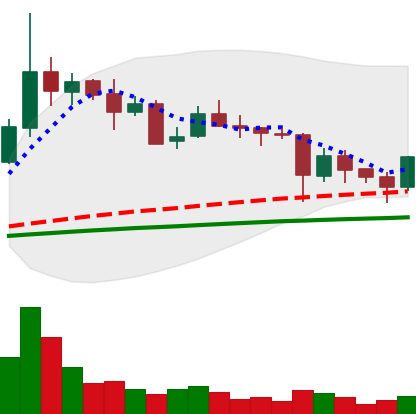
Ticker: ETC-USD
Chart end date: 2021-05-24
Forward return: -12.449%
Label: down_7plus